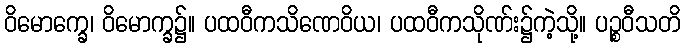
ဝိမောက္ခေ၊ ဝိမောက္ခ၌။ ပထဝီကသိဏေဝိယ၊ ပထဝီကသိုဏ်း၌ကဲ့သို့။ ပဉ္စဝီသတိ